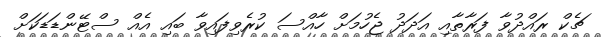
ޗެކް ރައްދުވާ ފަރާތާއި އަދަދު ޖެހުމަށް ހާއްސަ ކުރެވިފައިވާ ބައި އެއް ސްޓޭންޑަޑަކަށް